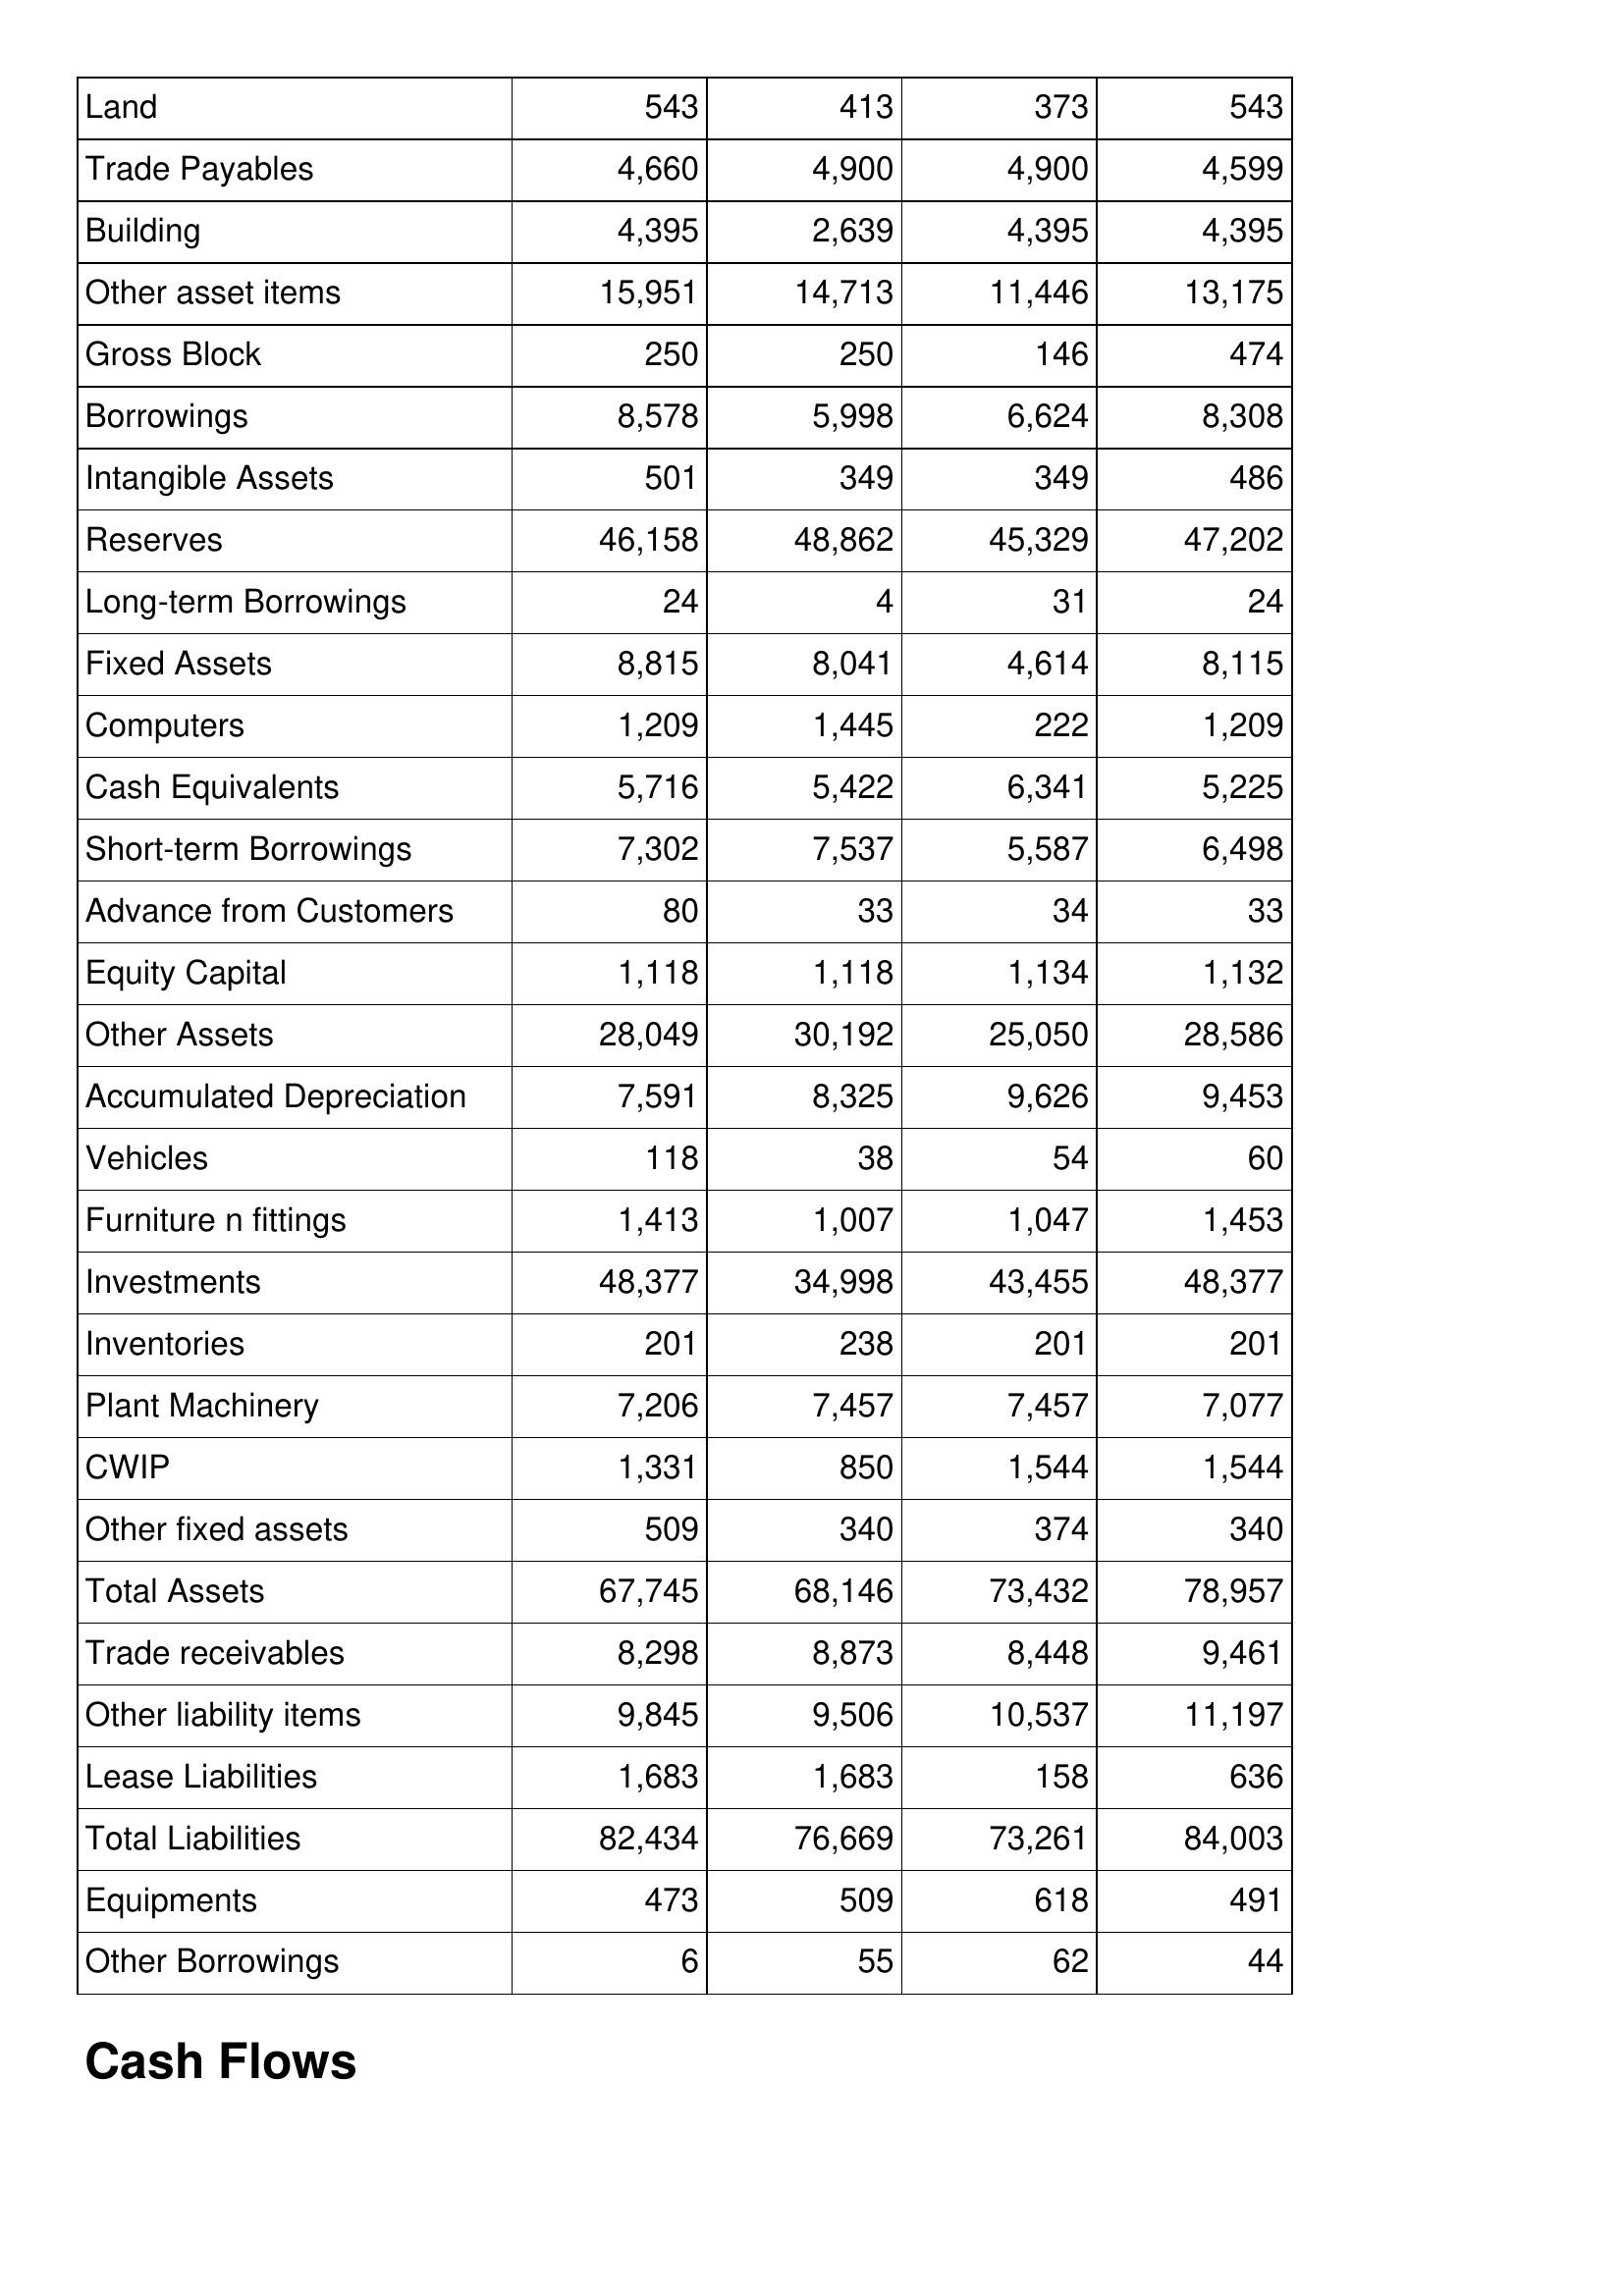
Jul-11: Balance Sheet: Land: 543
Trade Payables: 4,660
Building: 4,395
Other asset items: 15,951
Gross Block: 250
Borrowings: 8,578
Intangible Assets: 501
Reserves: 46,158
Long-term Borrowings: 24
Fixed Assets: 8,815
Computers: 1,209
Cash Equivalents: 5,716
Short-term Borrowings: 7,302
Advance from Customers: 80
Equity Capital: 1,118
Other Assets: 28,049
Accumulated Depreciation: 7,591
Vehicles: 118
Furniture n fittings: 1,413
Investments: 48,377
Inventories: 201
Plant Machinery: 7,206
CWIP: 1,331
Other fixed assets: 509
Total Assets: 67,745
Trade receivables: 8,298
Other liability items: 9,845
Lease Liabilities: 1,683
Total Liabilities: 82,434
Equipments: 473
Other Borrowings: 6
Jul-10: Balance Sheet: Land: 413
Trade Payables: 4,900
Building: 2,639
Other asset items: 14,713
Gross Block: 250
Borrowings: 5,998
Intangible Assets: 349
Reserves: 48,862
Long-term Borrowings: 4
Fixed Assets: 8,041
Computers: 1,445
Cash Equivalents: 5,422
Short-term Borrowings: 7,537
Advance from Customers: 33
Equity Capital: 1,118
Other Assets: 30,192
Accumulated Depreciation: 8,325
Vehicles: 38
Furniture n fittings: 1,007
Investments: 34,998
Inventories: 238
Plant Machinery: 7,457
CWIP: 850
Other fixed assets: 340
Total Assets: 68,146
Trade receivables: 8,873
Other liability items: 9,506
Lease Liabilities: 1,683
Total Liabilities: 76,669
Equipments: 509
Other Borrowings: 55
Jul-09: Balance Sheet: Land: 373
Trade Payables: 4,900
Building: 4,395
Other asset items: 11,446
Gross Block: 146
Borrowings: 6,624
Intangible Assets: 349
Reserves: 45,329
Long-term Borrowings: 31
Fixed Assets: 4,614
Computers: 222
Cash Equivalents: 6,341
Short-term Borrowings: 5,587
Advance from Customers: 34
Equity Capital: 1,134
Other Assets: 25,050
Accumulated Depreciation: 9,626
Vehicles: 54
Furniture n fittings: 1,047
Investments: 43,455
Inventories: 201
Plant Machinery: 7,457
CWIP: 1,544
Other fixed assets: 374
Total Assets: 73,432
Trade receivables: 8,448
Other liability items: 10,537
Lease Liabilities: 158
Total Liabilities: 73,261
Equipments: 618
Other Borrowings: 62
Jul-08: Balance Sheet: Land: 543
Trade Payables: 4,599
Building: 4,395
Other asset items: 13,175
Gross Block: 474
Borrowings: 8,308
Intangible Assets: 486
Reserves: 47,202
Long-term Borrowings: 24
Fixed Assets: 8,115
Computers: 1,209
Cash Equivalents: 5,225
Short-term Borrowings: 6,498
Advance from Customers: 33
Equity Capital: 1,132
Other Assets: 28,586
Accumulated Depreciation: 9,453
Vehicles: 60
Furniture n fittings: 1,453
Investments: 48,377
Inventories: 201
Plant Machinery: 7,077
CWIP: 1,544
Other fixed assets: 340
Total Assets: 78,957
Trade receivables: 9,461
Other liability items: 11,197
Lease Liabilities: 636
Total Liabilities: 84,003
Equipments: 491
Other Borrowings: 44